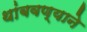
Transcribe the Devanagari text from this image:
थांबवण्याने